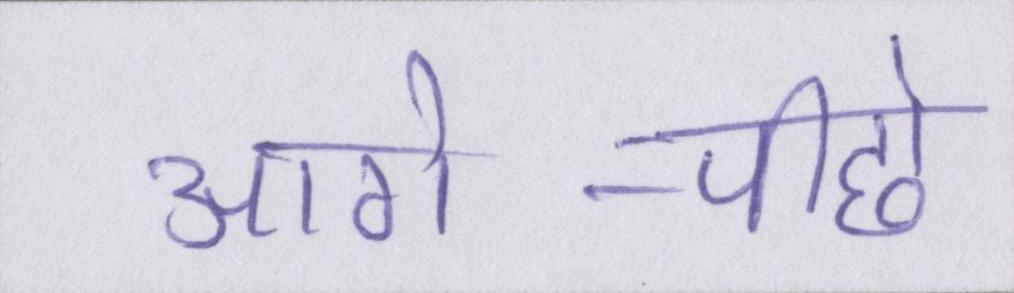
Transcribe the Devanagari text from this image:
आगे-पीछे